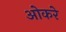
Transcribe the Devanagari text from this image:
ओकरे